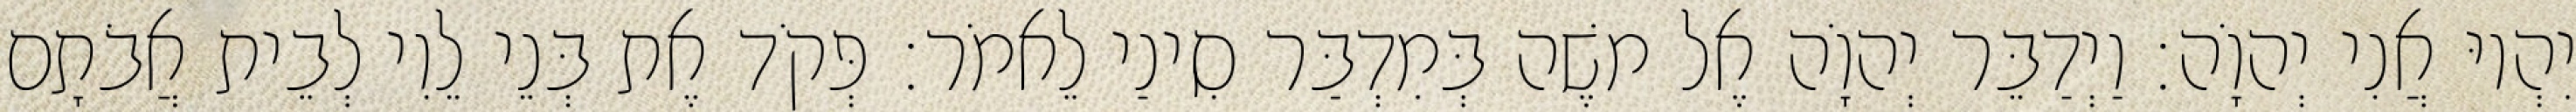
יִהְיוּ אֲנִי יְהוָֹה׃ וַיְדַבֵּר יְהוָֹה אֶל משֶׁה בְּמִדְבַּר סִינַי לֵאמֹר׃ פְּקֹד אֶת בְּנֵי לֵוִי לְבֵית אֲבֹתָם